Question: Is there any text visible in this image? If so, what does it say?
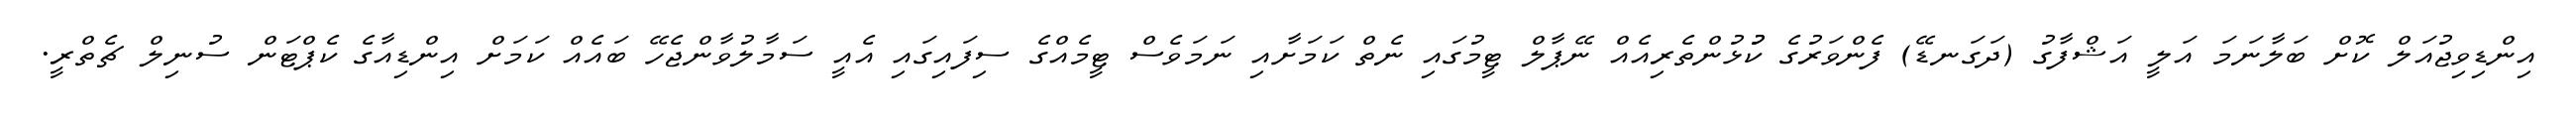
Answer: އިންޑިވިޖުއަލް ކޮށް ބަލާނަމަ އަލީ އަޝްފާގު (ދަގަނޑޭ) ފެންވަރުގެ ކުުޅުންތެރިއެއް ނޭޕާލް ޓީމުގައި ނެތް ކަމަށާއި ނަމަވެސް ޓީމެއްގެ ސިފައިގައި އެއީ ސަމާލުވާންޖެހޭ ބައެއް ކަމަށް އިންޑިއާގެ ކެޕްޓަން ސުނިލް ޗެތްރީ.